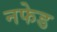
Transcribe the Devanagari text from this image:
नफेड